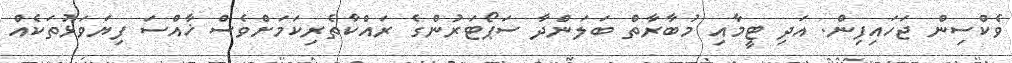
ވެކްސިން ޖަހައިފިން. އަދި ޓީމާއި މުބާރާތް ބަލަންދާ ސަޕޯޓަރުންގެ ރައްކާތެރިކަމަށްވެސް ޚާއްސަ ފިޔަވަޅުތަކެއް